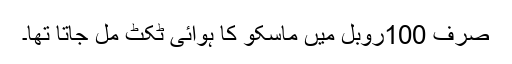
صرف 100روبل میں ماسکو کا ہوائی ٹکٹ مل جاتا تھا۔